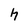
Character: h